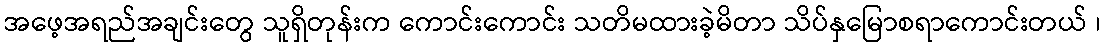
အဖေ့အရည်အချင်းတွေ သူရှိတုန်းက ကောင်းကောင်း သတိမထားခဲ့မိတာ သိပ်နှမြောစရာကောင်းတယ် ၊